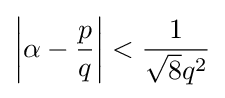
\left|\alpha -{\frac {p}{q}}\right|<{\frac {1}{{\sqrt {8}}q^{2}}}